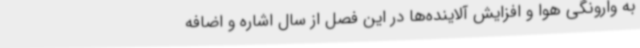
به وارونگی هوا و افزایش آلاینده‌ها در این فصل از سال اشاره و اضافه